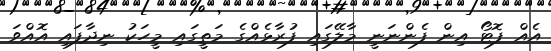
އެއް ފޮޓޯ އިން ފެންނަނީ މާލޭގައި ފުރާޅެއްގެ މަތީގައި މީހަކު ނިދާފައި އޮއްވަ